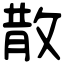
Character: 散